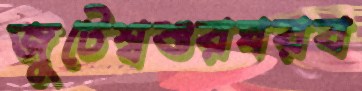
জুটেশ্বশুরঘরব